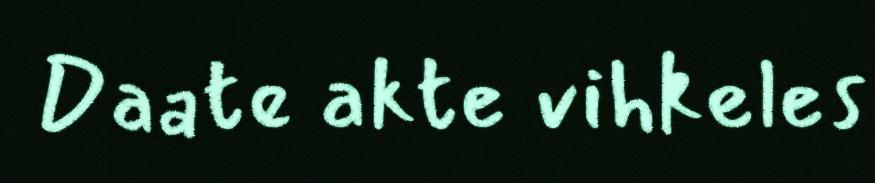
Daate akte vihkeles